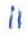
II